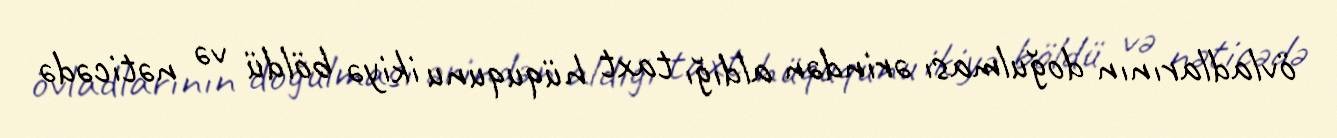
övladlarının doğulması ərindən aldığı taxt hüququnu ikiyə böldü və nəticədə